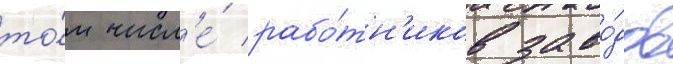
то́м числ'е́ рабо́тн'иков заво́дов